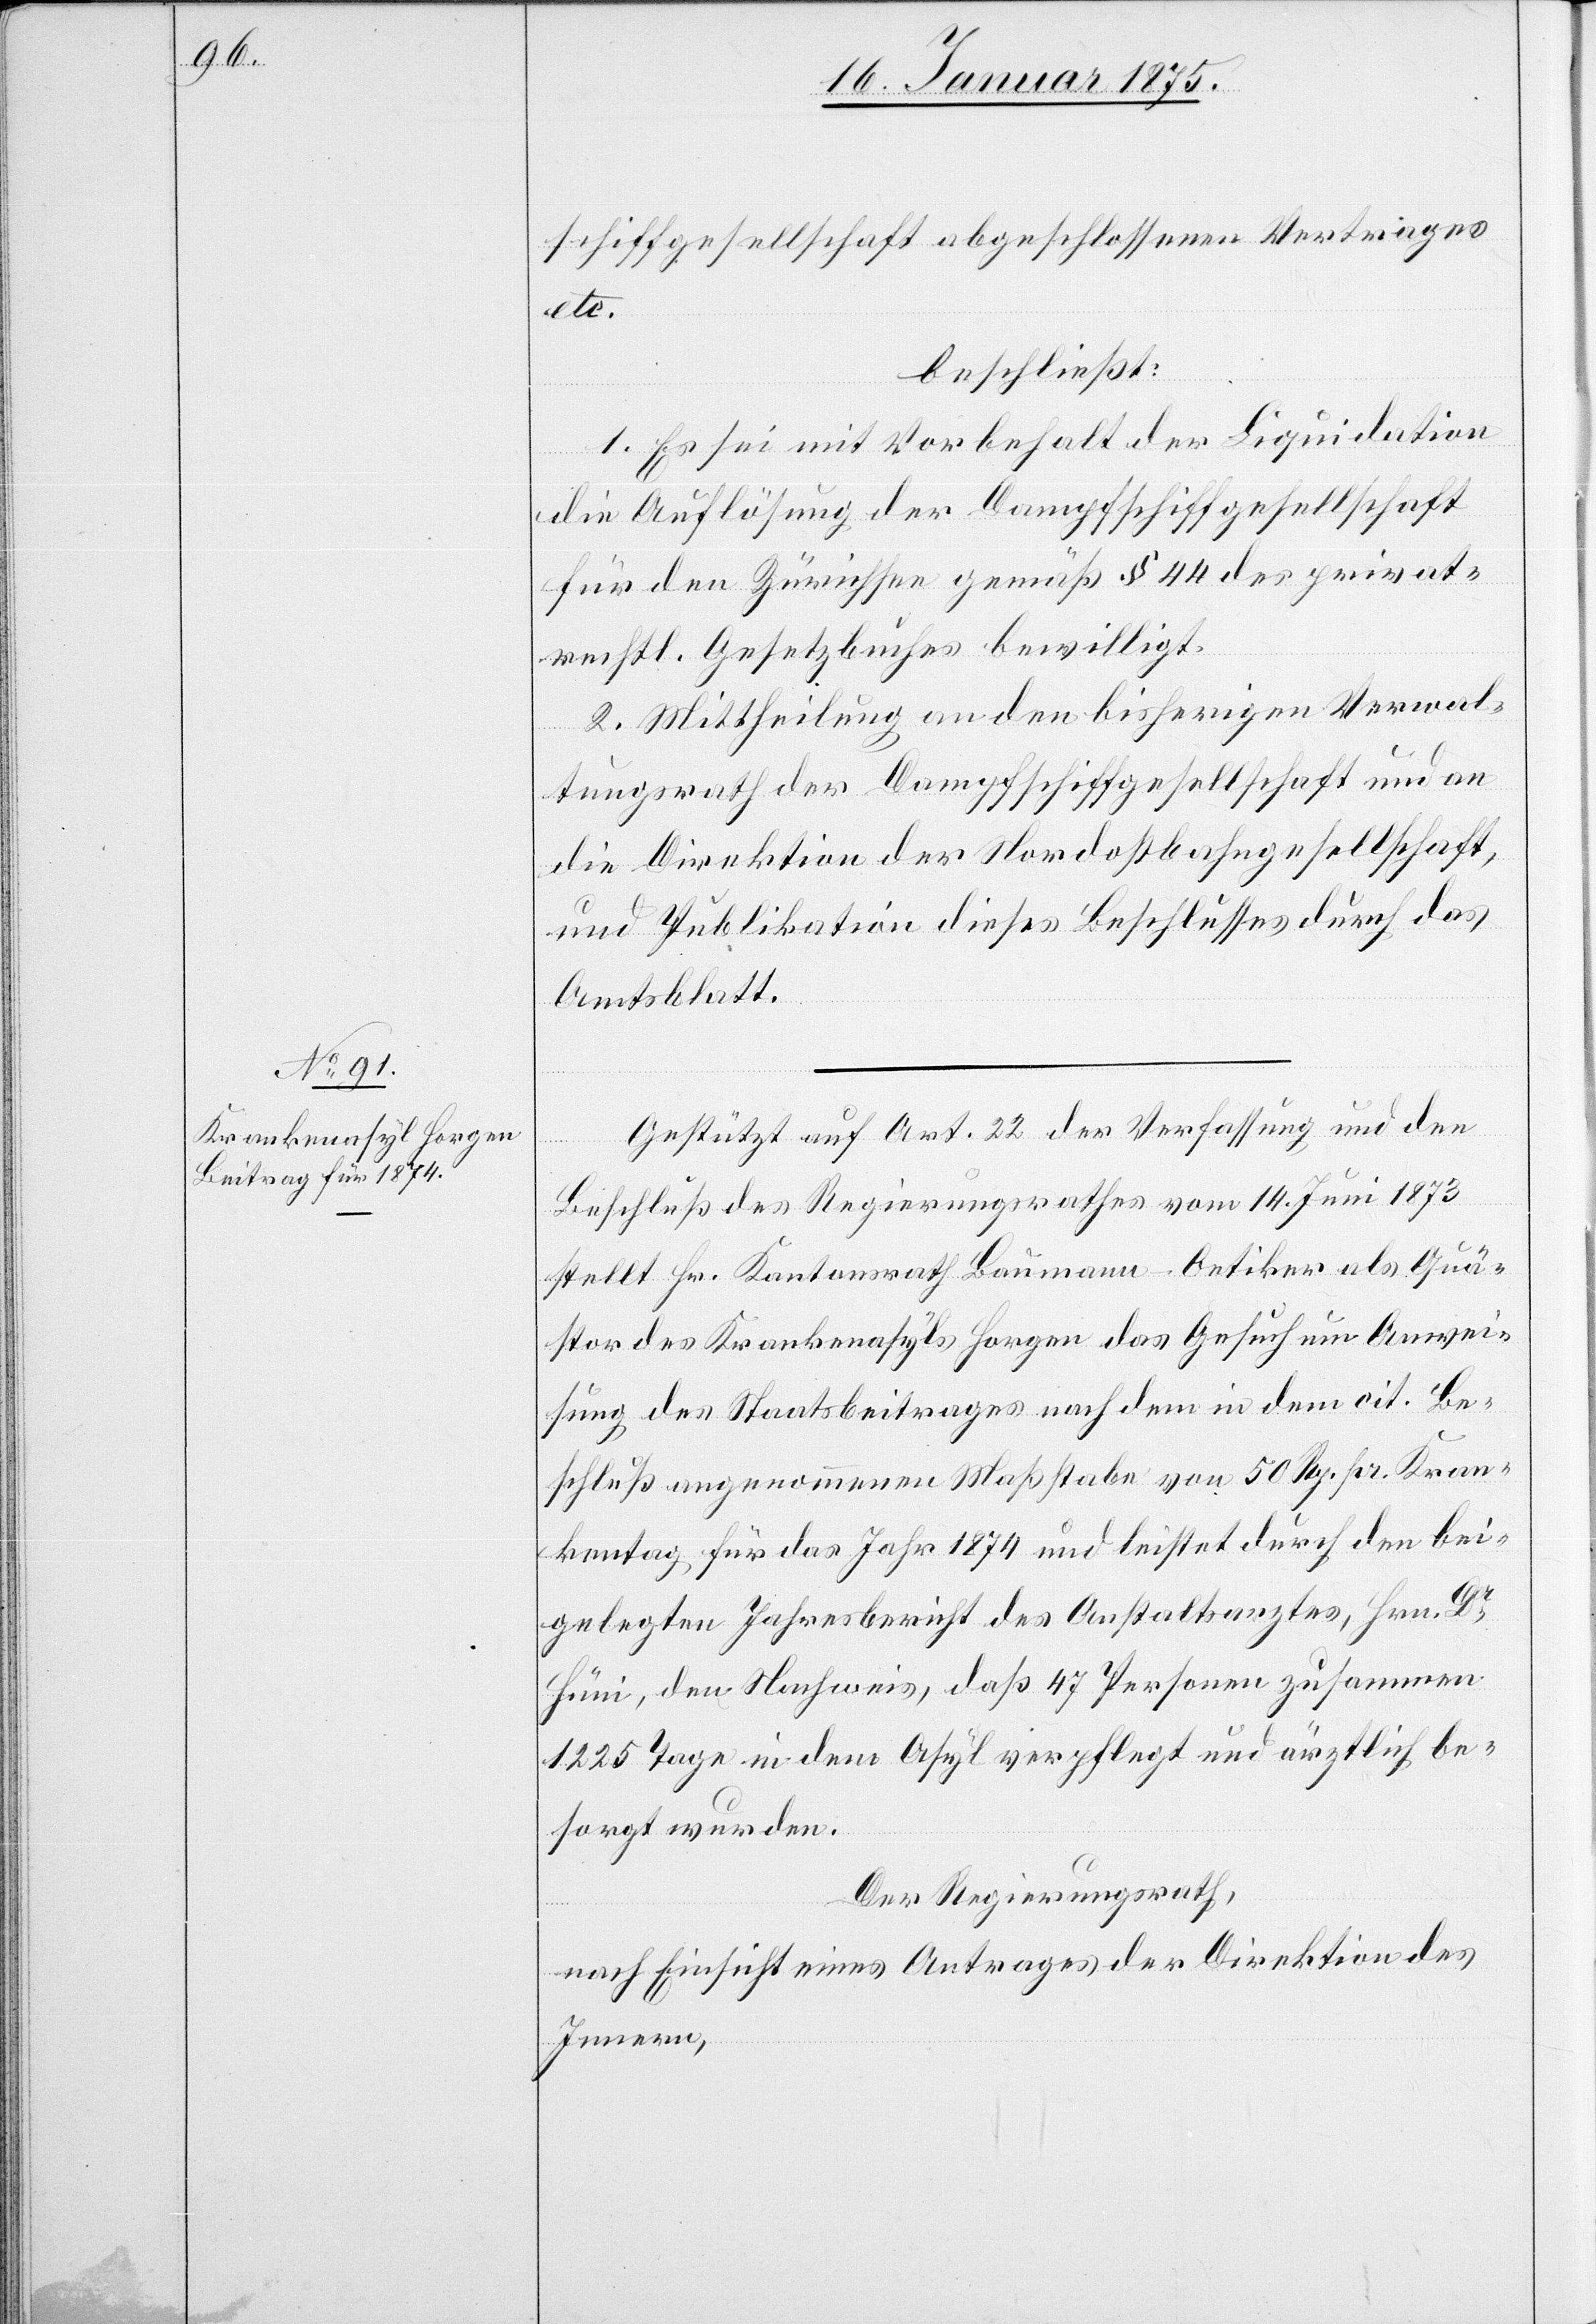
schiffgesellschaft abgeschlossenen Vertrages
etc.
beschließt:
1. Es sei mit Vorbehalt der Liquidation
die Auflösung der Dampfschiffgesellschaft
für den Zürichsee gemäß § 44 des privat¬
rechtl. Gesetzbuches bewilligt.
2. Mittheilung an den bisherigen Verwal¬
tungsrath der Dampfschiffgesellschaft und an
die Direktion der Nordostbahngesellschaft
und Publikation dieses Beschlusses durch das
Amtsblatt.
Gestützt auf Art. 22 der Verfassung und den
Beschluß des Regierungsrathes vom 14. Juni 1873
stellt Hr. Kantonsrath Baumann-Oetiker als Quä¬
stor des Krankenasyls Horgen das Gesuch um Anwei¬
sung des Staatsbeitrages nach dem in dem cit. Be¬
schluß angenommenen Maßstabe von 50 Rp. pr. Kran¬
kentag für das Jahr 1874 und leistet durch den bei¬
gelegten Jahresbericht des Anstaltsarztes, Hrn. Dr
Hüni, den Nachweis, daß 47 Personen zusammen
1225 Tage in dem Asyl verpflegt und ärztlich be¬
sorgt wurden.
Der Regierungsrath,
nach Einsicht eines Antrages der Direktion des
Innern,